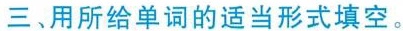
三、用所给单词的适当形式填空。